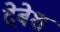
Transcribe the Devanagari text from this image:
देबेश